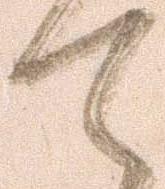
て